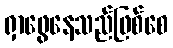
ရှာဖွေနေသည်ဖြစ်စေ